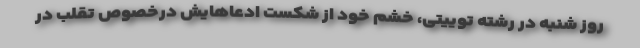
روز شنبه در رشته توییتی، خشم خود از شکست ادعاهایش درخصوص تقلب در